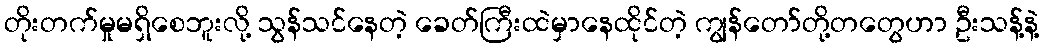
တိုးတက်မှုမရှိစေဘူးလို့ သွန်သင်နေတဲ့ ခေတ်ကြီးထဲမှာနေထိုင်တဲ့ ကျွန်တော်တို့တတွေဟာ ဦးသန့်နဲ့